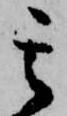
其